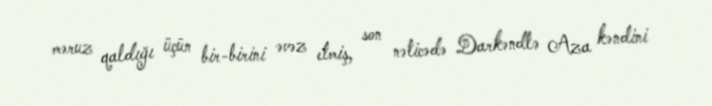
məruz qaldığı üçün bir-birini əvəz etmiş, son nəticədə Darkəndlə Aza kəndini